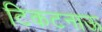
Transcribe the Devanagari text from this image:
टिकटनाऊ